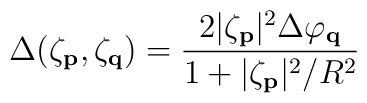
\Delta(\zeta_{\bf p},\zeta_{\bf q})= \frac{2|\zeta_{\bf p}|^2\Delta\varphi_{\bf q}}{1 + |\zeta_{\bf p}|^2/R^2}